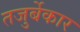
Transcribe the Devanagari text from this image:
तजुर्बेकार